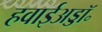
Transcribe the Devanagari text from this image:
हवाईअड्डॉ॰